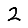
Digit: 2